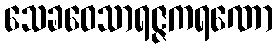
သေခဝေသာရဇ္ဇကရဏော